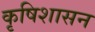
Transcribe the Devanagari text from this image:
कृषिशासन